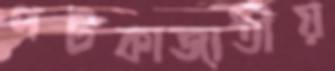
পটকাজাতীয়